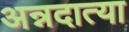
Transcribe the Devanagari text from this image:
अन्नदात्या